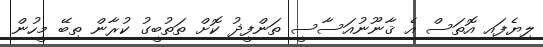
ލިޔެފައި އޮތަސް އެ ޤާނޫނުއަސާސީ ތަންފީޛު ކޮށް ތަތުބީގު ކުރާން ތިބޭ މީހުން